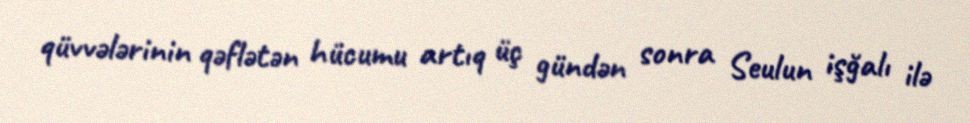
qüvvələrinin qəflətən hücumu artıq üç gündən sonra Seulun işğalı ilə